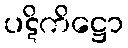
ပဋိကိဋ္ဌော